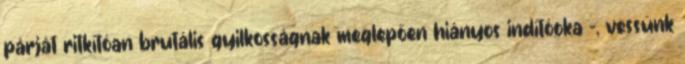
párját ritkítóan brutális gyilkosságnak meglepően hiányos indítóoka -, vessünk